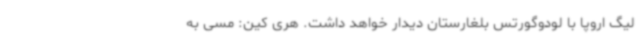
لیگ اروپا با لودوگورتس بلغارستان دیدار خواهد داشت. هری کین: مسی به